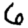
Digit: 6